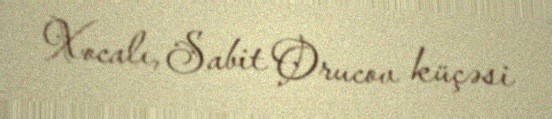
Xocalı, Sabit Orucov küçəsi